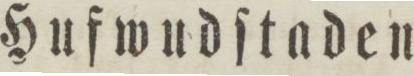
Hufwudſtaden.